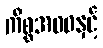
ကိစ္စအဝဝနှင့်